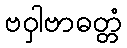
ဗဝှါဗာဓတ္တံ